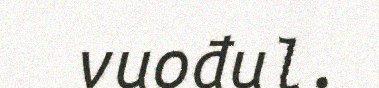
vuođul.